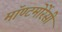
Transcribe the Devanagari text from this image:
मॉण्टमोरेंसी